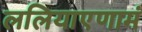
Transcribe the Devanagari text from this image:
ललियाएणामं